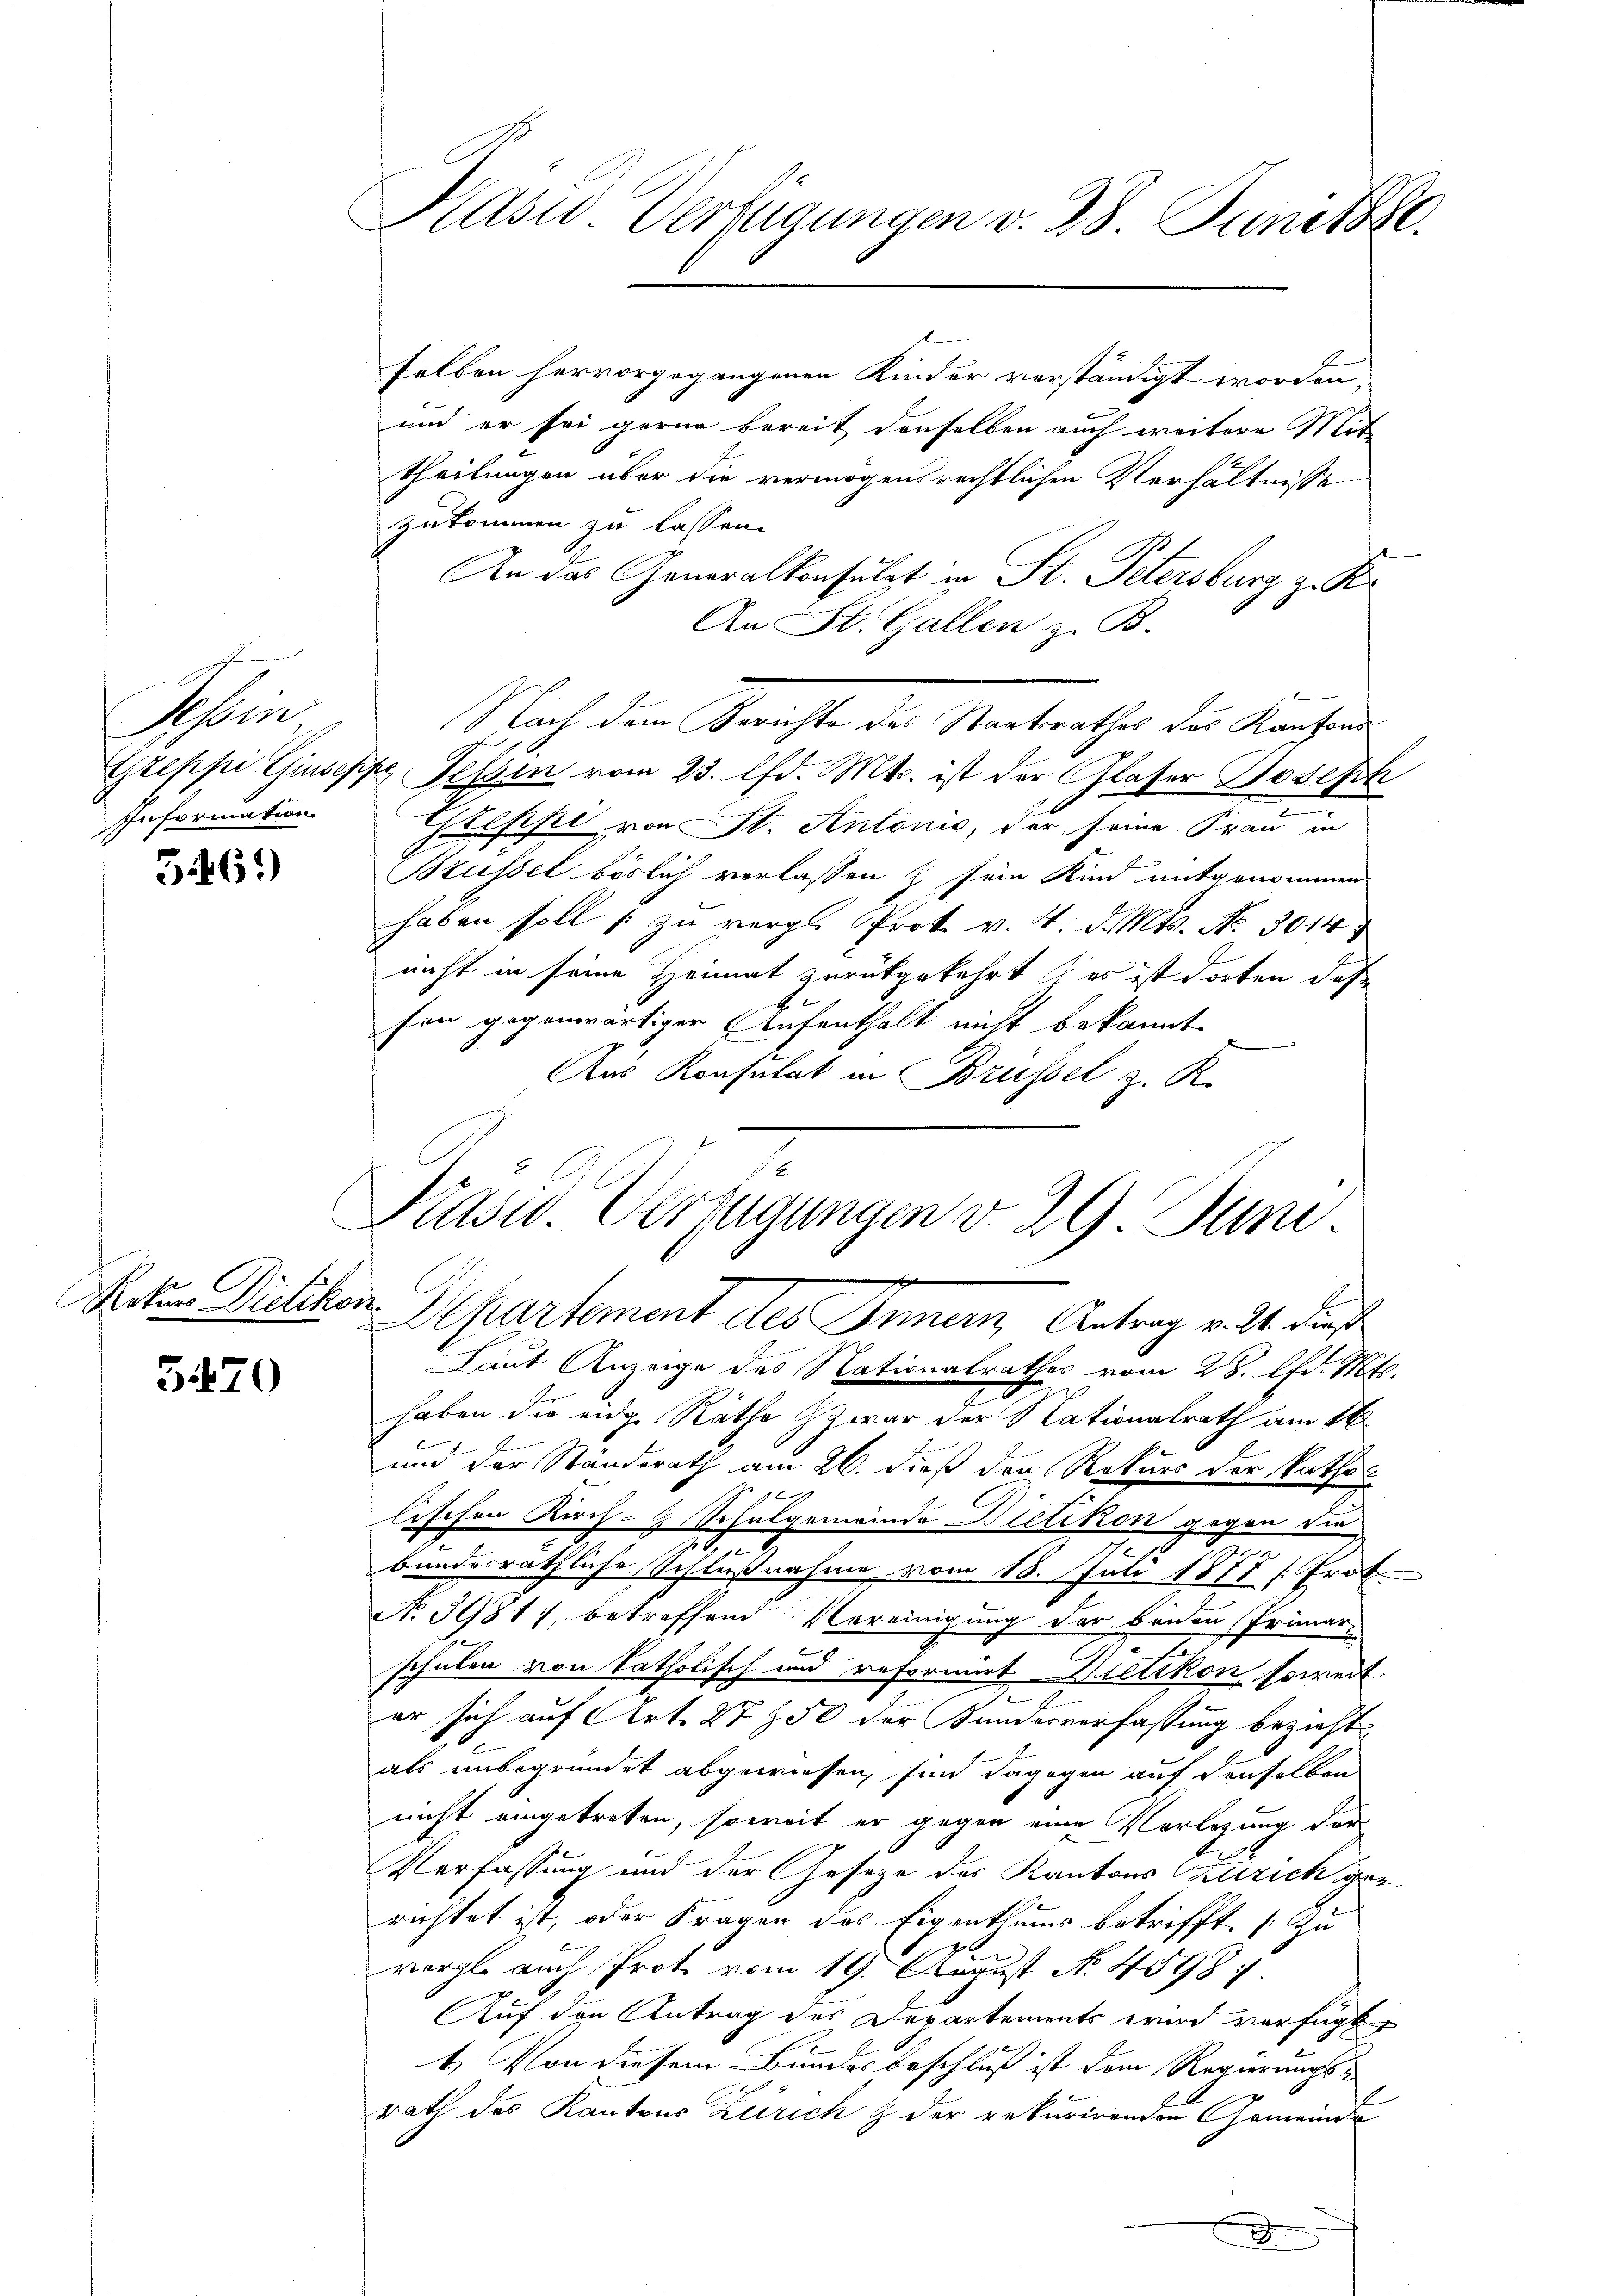
Tessin
Information.

3.469)

Roturs Dietikon.

5470

Hasw. Verfügungen v. 28. Juniste

selben hervorgegangenen Kinder verständigt worden,
und er sei gerne bereit denselben auch weitere Mit-
theilungen über die vermögensrechtlichen Verhältnisse
zukommen zu lassen.
An das Generalkonsulat in St. Petersburg z. B.
An St. Gallen z. B.
Nach der Nachte der Seiterathes der Kirchen
Greppe Giuseppe Tessin vom 23. lfd. Mts. ist der Glaser Joseph
Grepfe von St. Antonić, der seine Frau in
Brüssel böslich verlassen & sein Kind mitgenommen
haben soll zu vergl. Prok. v. 4. d. Mts. Nr. 3014
nicht in seine Heimat zurückgekehrt es ist dorten, daß
fon gegenwärtiger Aufenthalt nicht bekannt.
Aus Konsulat in Brüssel z. R.

Laut Anzeige des Nationalrathes vom 28. lfd. Mts.
haben die eidge Räthe zwar der Nationalrath am 16
und der Ständerath am 26. dieß den Rekurs der kathol
lischen Kirch- Schulgemeinde Bietikon gegen die
i
bundesräthliche Schlußnahme vom 18. Juli 1877 [Erdt
No 39817, betreffend Vereinigung der beiden Primar-
2
schulen von katholisch und reformirt Dietikon soweit
7
er sich auf Art. 2750 der Kundesverfassung bezieht.
als unbegründet abgewiesen, sind dagegen auf denselben
nicht eingetreten, soweit er gegen eine Vorlegung der
Verfassung und der Gesetze des Kantons Zürich gerichtet ist, oder Fragen des Eigenthums betrifft. (Zu
vergl. auch Prot vom 19. August No. 45987.
Auf den Antrag des Departements wird verfügt,
1. Von diesem Bundesbeschluß ist dem Regierungs-
rath des Kantons Zürich & der rekurirenden Gemeinde
J

Kasw. Verfügungen v. 29 Juni
x
Departement des Innern, Antrag v. 21. dieß